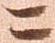
ニ